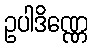
ဥပါဒိဏ္ဏေ